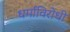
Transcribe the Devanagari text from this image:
धर्माविरोधी